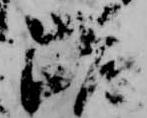
跪